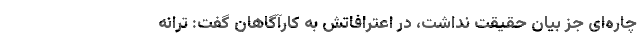
چاره‌ای جز بیان حقیقت نداشت، در اعترافاتش به کارآگاهان گفت: ترانه